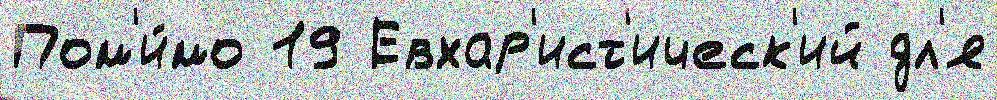
Пом'и́мо 19 Евхар'ист'ическ'ий дл'я